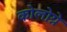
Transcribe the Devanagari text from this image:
कोलोग्ने